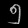
Digit: ၅